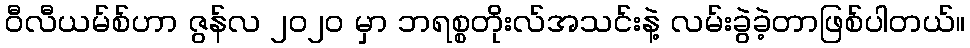
ဝီလီယမ်စ်ဟာ ဇွန်လ ၂၀၂၀ မှာ ဘရစ္စတိုးလ်အသင်းနဲ့ လမ်းခွဲခဲ့တာဖြစ်ပါတယ်။